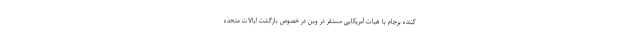
کننده برجام با هیات آمریکایی مستقر در وین در خصوص بازگشت ایالات متحده